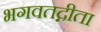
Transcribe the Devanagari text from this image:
भगवतद्गीता